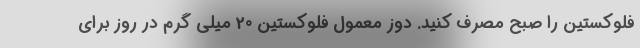
فلوکستین را صبح مصرف کنید. دوز معمول فلوکستین 20 میلی گرم در روز برای